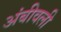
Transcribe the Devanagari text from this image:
अंबीवली